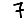
Digit: 7